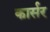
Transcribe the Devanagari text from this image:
कार्सर